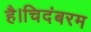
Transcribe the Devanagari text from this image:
है।चिदंबरम